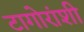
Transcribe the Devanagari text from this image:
टागोरांशी